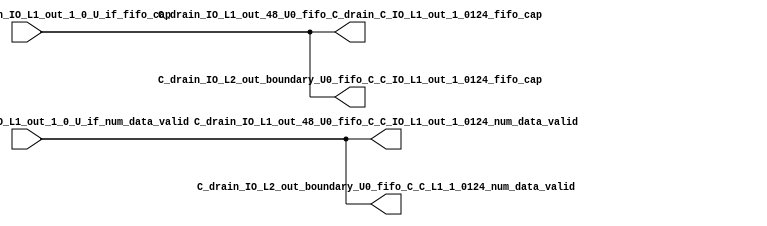
// ==================================================
// RTL generated by RapidStream
//
// Copyright 2024 RapidStream Design Automation, Inc.
// All Rights Reserved.
// ==================================================
`timescale 1 ns / 1 ps
module __rs_kernel3_aux_split_aux_95 #(
    parameter C_S_AXI_CONTROL_DATA_WIDTH  = 32,
    parameter C_S_AXI_CONTROL_ADDR_WIDTH  = 6,
    parameter C_S_AXI_DATA_WIDTH          = 32,
    parameter C_M_AXI_GMEM_A_ID_WIDTH     = 1,
    parameter C_M_AXI_GMEM_A_ADDR_WIDTH   = 64,
    parameter C_M_AXI_GMEM_A_DATA_WIDTH   = 512,
    parameter C_M_AXI_GMEM_A_AWUSER_WIDTH = 1,
    parameter C_M_AXI_GMEM_A_ARUSER_WIDTH = 1,
    parameter C_M_AXI_GMEM_A_WUSER_WIDTH  = 1,
    parameter C_M_AXI_GMEM_A_RUSER_WIDTH  = 1,
    parameter C_M_AXI_GMEM_A_BUSER_WIDTH  = 1,
    parameter C_M_AXI_GMEM_A_USER_VALUE   = 0,
    parameter C_M_AXI_GMEM_A_PROT_VALUE   = 0,
    parameter C_M_AXI_GMEM_A_CACHE_VALUE  = 3,
    parameter C_M_AXI_DATA_WIDTH          = 32,
    parameter C_M_AXI_GMEM_B_ID_WIDTH     = 1,
    parameter C_M_AXI_GMEM_B_ADDR_WIDTH   = 64,
    parameter C_M_AXI_GMEM_B_DATA_WIDTH   = 512,
    parameter C_M_AXI_GMEM_B_AWUSER_WIDTH = 1,
    parameter C_M_AXI_GMEM_B_ARUSER_WIDTH = 1,
    parameter C_M_AXI_GMEM_B_WUSER_WIDTH  = 1,
    parameter C_M_AXI_GMEM_B_RUSER_WIDTH  = 1,
    parameter C_M_AXI_GMEM_B_BUSER_WIDTH  = 1,
    parameter C_M_AXI_GMEM_B_USER_VALUE   = 0,
    parameter C_M_AXI_GMEM_B_PROT_VALUE   = 0,
    parameter C_M_AXI_GMEM_B_CACHE_VALUE  = 3,
    parameter C_M_AXI_GMEM_C_ID_WIDTH     = 1,
    parameter C_M_AXI_GMEM_C_ADDR_WIDTH   = 64,
    parameter C_M_AXI_GMEM_C_DATA_WIDTH   = 512,
    parameter C_M_AXI_GMEM_C_AWUSER_WIDTH = 1,
    parameter C_M_AXI_GMEM_C_ARUSER_WIDTH = 1,
    parameter C_M_AXI_GMEM_C_WUSER_WIDTH  = 1,
    parameter C_M_AXI_GMEM_C_RUSER_WIDTH  = 1,
    parameter C_M_AXI_GMEM_C_BUSER_WIDTH  = 1,
    parameter C_M_AXI_GMEM_C_USER_VALUE   = 0,
    parameter C_M_AXI_GMEM_C_PROT_VALUE   = 0,
    parameter C_M_AXI_GMEM_C_CACHE_VALUE  = 3,
    parameter C_S_AXI_CONTROL_WSTRB_WIDTH = 4,
    parameter C_S_AXI_WSTRB_WIDTH         = 4,
    parameter C_M_AXI_GMEM_A_WSTRB_WIDTH  = 64,
    parameter C_M_AXI_WSTRB_WIDTH         = 4,
    parameter C_M_AXI_GMEM_B_WSTRB_WIDTH  = 64,
    parameter C_M_AXI_GMEM_C_WSTRB_WIDTH  = 64
) (
    output wire [1:0] C_drain_IO_L1_out_48_U0_fifo_C_C_IO_L1_out_1_0124_num_data_valid,
    output wire [1:0] C_drain_IO_L1_out_48_U0_fifo_C_drain_C_IO_L1_out_1_0124_fifo_cap,
    output wire [1:0] C_drain_IO_L2_out_boundary_U0_fifo_C_C_IO_L1_out_1_0124_fifo_cap,
    output wire [1:0] C_drain_IO_L2_out_boundary_U0_fifo_C_C_L1_1_0124_num_data_valid,
    input wire  [1:0] fifo_C_drain_C_drain_IO_L1_out_1_0_U_if_fifo_cap,
    input wire  [1:0] fifo_C_drain_C_drain_IO_L1_out_1_0_U_if_num_data_valid
);
assign C_drain_IO_L1_out_48_U0_fifo_C_C_IO_L1_out_1_0124_num_data_valid = fifo_C_drain_C_drain_IO_L1_out_1_0_U_if_num_data_valid;
assign C_drain_IO_L1_out_48_U0_fifo_C_drain_C_IO_L1_out_1_0124_fifo_cap = fifo_C_drain_C_drain_IO_L1_out_1_0_U_if_fifo_cap;
assign C_drain_IO_L2_out_boundary_U0_fifo_C_C_IO_L1_out_1_0124_fifo_cap = fifo_C_drain_C_drain_IO_L1_out_1_0_U_if_fifo_cap;
assign C_drain_IO_L2_out_boundary_U0_fifo_C_C_L1_1_0124_num_data_valid = fifo_C_drain_C_drain_IO_L1_out_1_0_U_if_num_data_valid;
endmodule